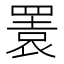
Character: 瞏